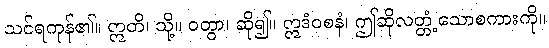
သင်ရကုန်၏။ ဣတိ၊ သို့။ ဝတွာ၊ ဆို၍။ ဣဒံဝစနံ၊ ဤဆိုလတ္တံ့သောစကားကို။